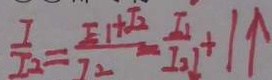
\frac { 7 } { I _ { 2 } } = \frac { E _ { 1 } + \sqrt { 2 } } { I _ { 2 } } - \frac { I _ { 1 } } { I _ { 2 } } + 1 \uparrow